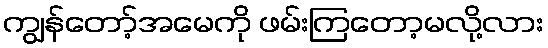
ကျွန်တော့်အမေကို ဖမ်းကြတော့မလို့လား